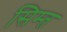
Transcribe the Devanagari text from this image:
सिम्त